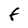
Character: F